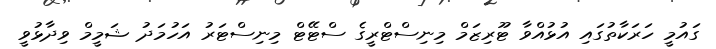
ގައުމީ ހަރަކާތުގައި އުޅުއްވާ ޓޫރިޒަމް މިނިސްޓްރީގެ ސްޓޭޓް މިނިސްޓަރު އަހުމަދު ޝަމީމް ވިދާޅުވީ